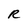
Character: R